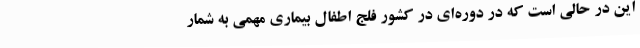
این در حالی است که در دوره‌ای در کشور فلج اطفال بیماری مهمی به شمار